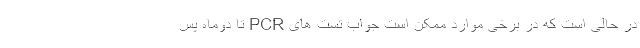
در حالی است که در برخی موارد ممکن است جواب تست های PCR تا دوماه پس